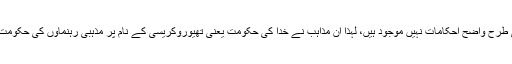
عیسائیت سمیت دیگر غیر اسلامی مذاہب میں سیاست کے لیے اسلام کی طرح واضح احکامات نہیں موجود ہیں، لہذا ان مذاہب نے خدا کی حکومت یعنی تھیوروکریسی کے نام پر مذہبی رہنماوں کی حکومت قائم کردی جنہوں نے حرام کو حلال بناکر اپنی طاقت قائم رکھنا چاہی۔